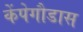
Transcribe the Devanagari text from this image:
केंपेगौडास